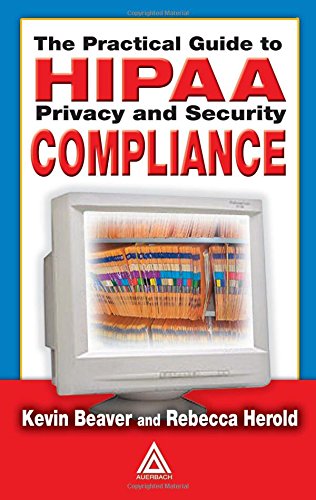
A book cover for The Practical Guide to HIPAA Privacy and Security Compliance; Kevin Beaver; Law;